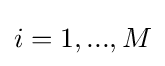
i=1,...,M